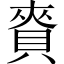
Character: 𧶘